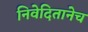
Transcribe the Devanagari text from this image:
निवेदितानेच